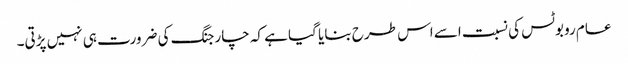
عام روبوٹس کی نسبت اسے اس طرح بنایا گیا ہے کہ چارجنگ کی ضرورت ہی نہیں پڑتی۔